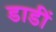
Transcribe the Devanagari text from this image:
डाडीं